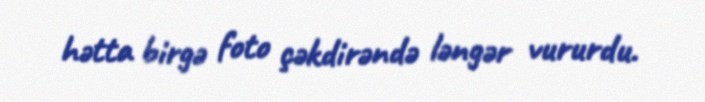
hətta birgə foto çəkdirəndə ləngər vururdu.